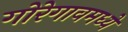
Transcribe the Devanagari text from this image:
गोरेगावमध्ये